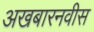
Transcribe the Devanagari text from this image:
अखबारनवीस